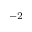
^ { - 2 }